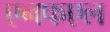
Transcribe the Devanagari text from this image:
एनफएल